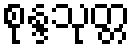
စုန္ဒသုတ္တ